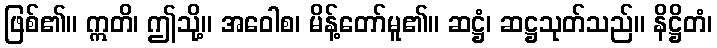
ဖြစ်၏။ ဣတိ၊ ဤသို့။ အဝေါစ၊ မိန့်တော်မူ၏။ ဆဋ္ဌံ၊ ဆဋ္ဌသုတ်သည်။ နိဋ္ဌိတံ၊